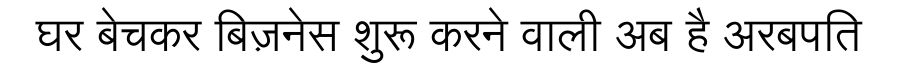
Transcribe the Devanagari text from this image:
घर बेचकर बिज़नेस शुरू करने वाली अब है अरबपति